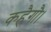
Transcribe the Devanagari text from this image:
कहैगौ।